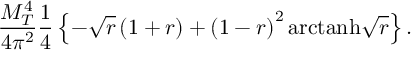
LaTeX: { \frac { M _ { T } ^ { 4 } } { 4 \pi ^ { 2 } } } { \frac { 1 } { 4 } } \left\{ - \sqrt { r } \left( 1 + r \right) + \left( 1 - r \right) ^ { 2 } \mathrm { a r c t a n h } { \sqrt { r } } \right\} .